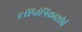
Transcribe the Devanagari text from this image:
दृष्टितंत्रिकाशीर्ष